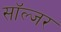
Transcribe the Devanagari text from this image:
साॅल्जर